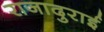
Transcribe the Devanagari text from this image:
राजादुराई